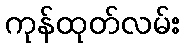
ကုန်ထုတ်လမ်း